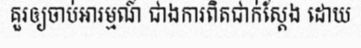
គួរឲ្យចាប់អារម្មណ៍ ជាងការពិតជាក់ស្តែង ដោយ